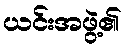
ယင်းအဖွဲ့၏